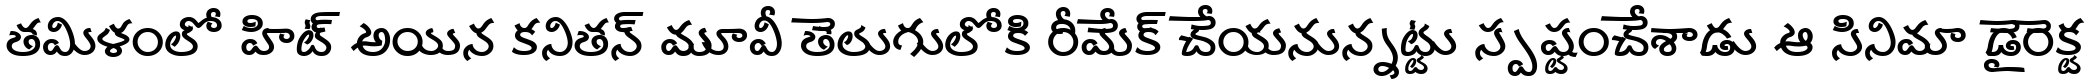
తమిళంలో హిట్ అయిన కనితన్ మూవీ తెలుగులోకి రీమేక్ చేయనున్నట్టు స్పష్టంచేశాడు ఆ సినిమా డైరెక్ట